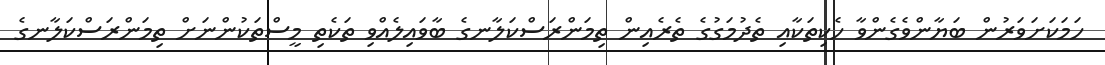
ހަމަކަށަވަރުން ބަޔާންވެގެންވާ ހެކިތަކާއި ތެދުމަގުގެ ތެރެއިން ތިމަންރަސްކަލާނގެ ބާވައިލެއްވި ތަކެތި މީސްތަކުންނަށް ތިމަންރަސްކަލާނގެ